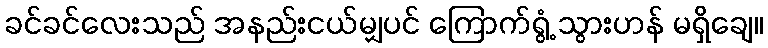
ခင်ခင်လေးသည် အနည်းငယ်မျှပင် ကြောက်ရွံ့ သွားဟန် မရှိချေ။